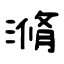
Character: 滫